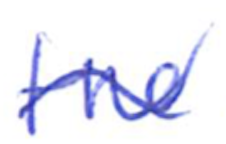
Text: the
Cross-out: wave
Writing tool: ballpoint